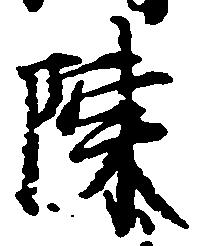
陳